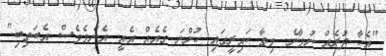
"އެހާ ދުރެއް ނުވާނެ. މިތާ ކައިރީގައި ހުންނަ ގެއެއް އެއީ. އެންމެވެސް އެބަތިބި."